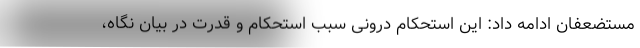
مستضعفان ادامه داد: این استحکام درونی سبب استحکام و قدرت در بیان نگاه،